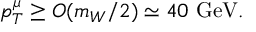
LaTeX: p _ { T } ^ { \mu } \ge { \cal O } ( m _ { W } / 2 ) \simeq 4 0 \ \mathrm { G e V } .